King Institute of Preventive Medicine Bacteriolog. Section reports 1907-08
Year: 1907
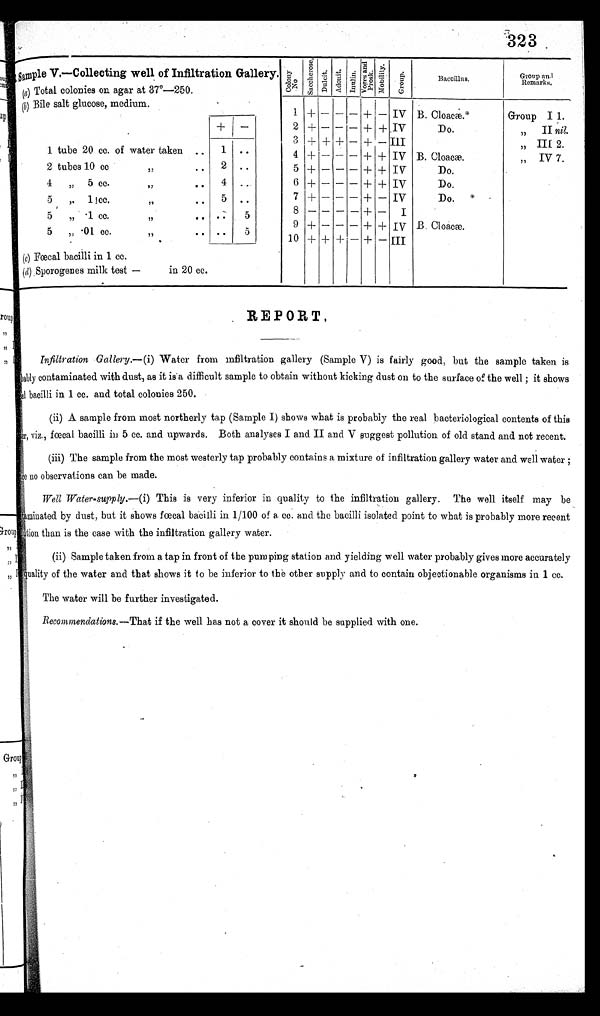
323
Sample V.—Collecting well of Infiltration Gallery. C o l o n y N o .
S a c c h a r o s e .
D u l c i t .
Adoni t .
I n u l i n .
V o g e s a n d P r o s k .
Mo b i l i t y .
Gr oup.
Baccillus.
Group an
d Remarks.
(a) Total colonies on agar at 37°—250.
(b) Bile salt glucose, medium.
1 +
– – – + – IV B. Cl oacæ.*
Group I 1.
+
–
2 + – – – + +
IV
Do.
„
II nil.
3 +
+ +
– +
– III
III 2.
1 tube 20 cc. of water taken ..
1
. .
4 +
– – – + + IV B. Cloacæ.
„
IV 7.
2 tubes 10 cc. ,,
..
2 ..
5 +
– – – + + IV
Do.
„
4 , , 5 c c . , ,
. .
4 ..
6 +
– – – + + IV
Do.
5 „ 1 cc. ,, ..
5
. .
7 + – – – + – IV
Do.*
5 ,, .1 cc. ,, .
. .
5
8 – – – – + –
I
5
,,
. 0 1 c c .
, ,
.
.
. .
5
9 + – – – + + IV B. Cl oacæ.
10 + + +
– +
– III
(c) Fœcal bacilli in 1 cc.
(d ) Sporogenes milk test —
in 20 cc.
REPORT.
Infiltration Gallery.— (i) Water from infiltration gallery (Sample V) is fairly good, but the sample taken is
bably contaminated with dust, as it is a difficult sample to obtain without kicking dust on to the surface of the well ; it shows
al bacilli in 1 cc. and total colonies 250.
(ii) A sample from most northerly tap (Sample I) shows what is probably the real bacteriological contents of this
er, viz., fœcal bacilli in 5 cc. and upwards. Both analyses I and II and V suggest pollution of old stand and not recent.
(iii) The sample from the most westerly tap probably contains a mixture of infiltration gallery water and well water ;
Ice no observati ons can be made.
Well water-supply.— (i) This is very inferior in quality to the infiltration gallery. The well itself may be
taminated by dust, but it shows fœcal bacilli in 1/100 of a cc. and the bacilli isolated point to what is probably more recent
lution than is the case with the infiltration gallery water.
(ii) Sample taken from a tap in front of the pumping station and yielding well water probably gives more accurately
quality of the water and that shows it to be inferior to the other supply and to contain objectionable organisms in 1 cc.
The water will be further investigated.
Recommendations.—That if the well has not a cover it should be supplied with one.